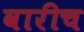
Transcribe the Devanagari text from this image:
वारीच